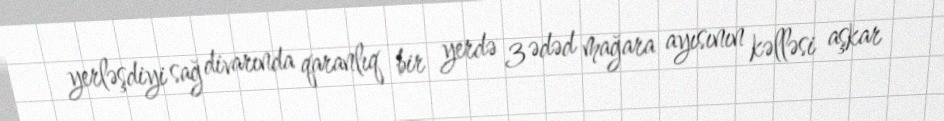
yerləşdiyi sağ divarında qaranlıq bir yerdə 3 ədəd mağara ayısının kəlləsi aşkar